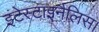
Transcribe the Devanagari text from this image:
इंटेस्टाइनैलिस।